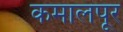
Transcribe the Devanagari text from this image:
कमालपूर